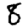
Digit: 8